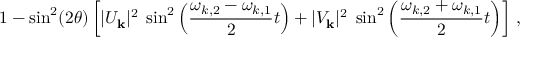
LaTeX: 1 - \sin ^ { 2 } ( 2 \theta ) \left[ | U _ { { \bf k } } | ^ { 2 } \; \sin ^ { 2 } \left( \frac { \omega _ { k , 2 } - \omega _ { k , 1 } } { 2 } t \right) + | V _ { { \bf k } } | ^ { 2 } \; \sin ^ { 2 } \left( \frac { \omega _ { k , 2 } + \omega _ { k , 1 } } { 2 } t \right) \right] \, ,